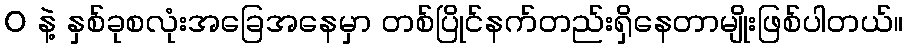
0 နဲ့ နှစ်ခုစလုံးအခြေအနေမှာ တစ်ပြိုင်နက်တည်းရှိနေတာမျိုးဖြစ်ပါတယ်။